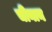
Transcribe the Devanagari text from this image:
चीनान